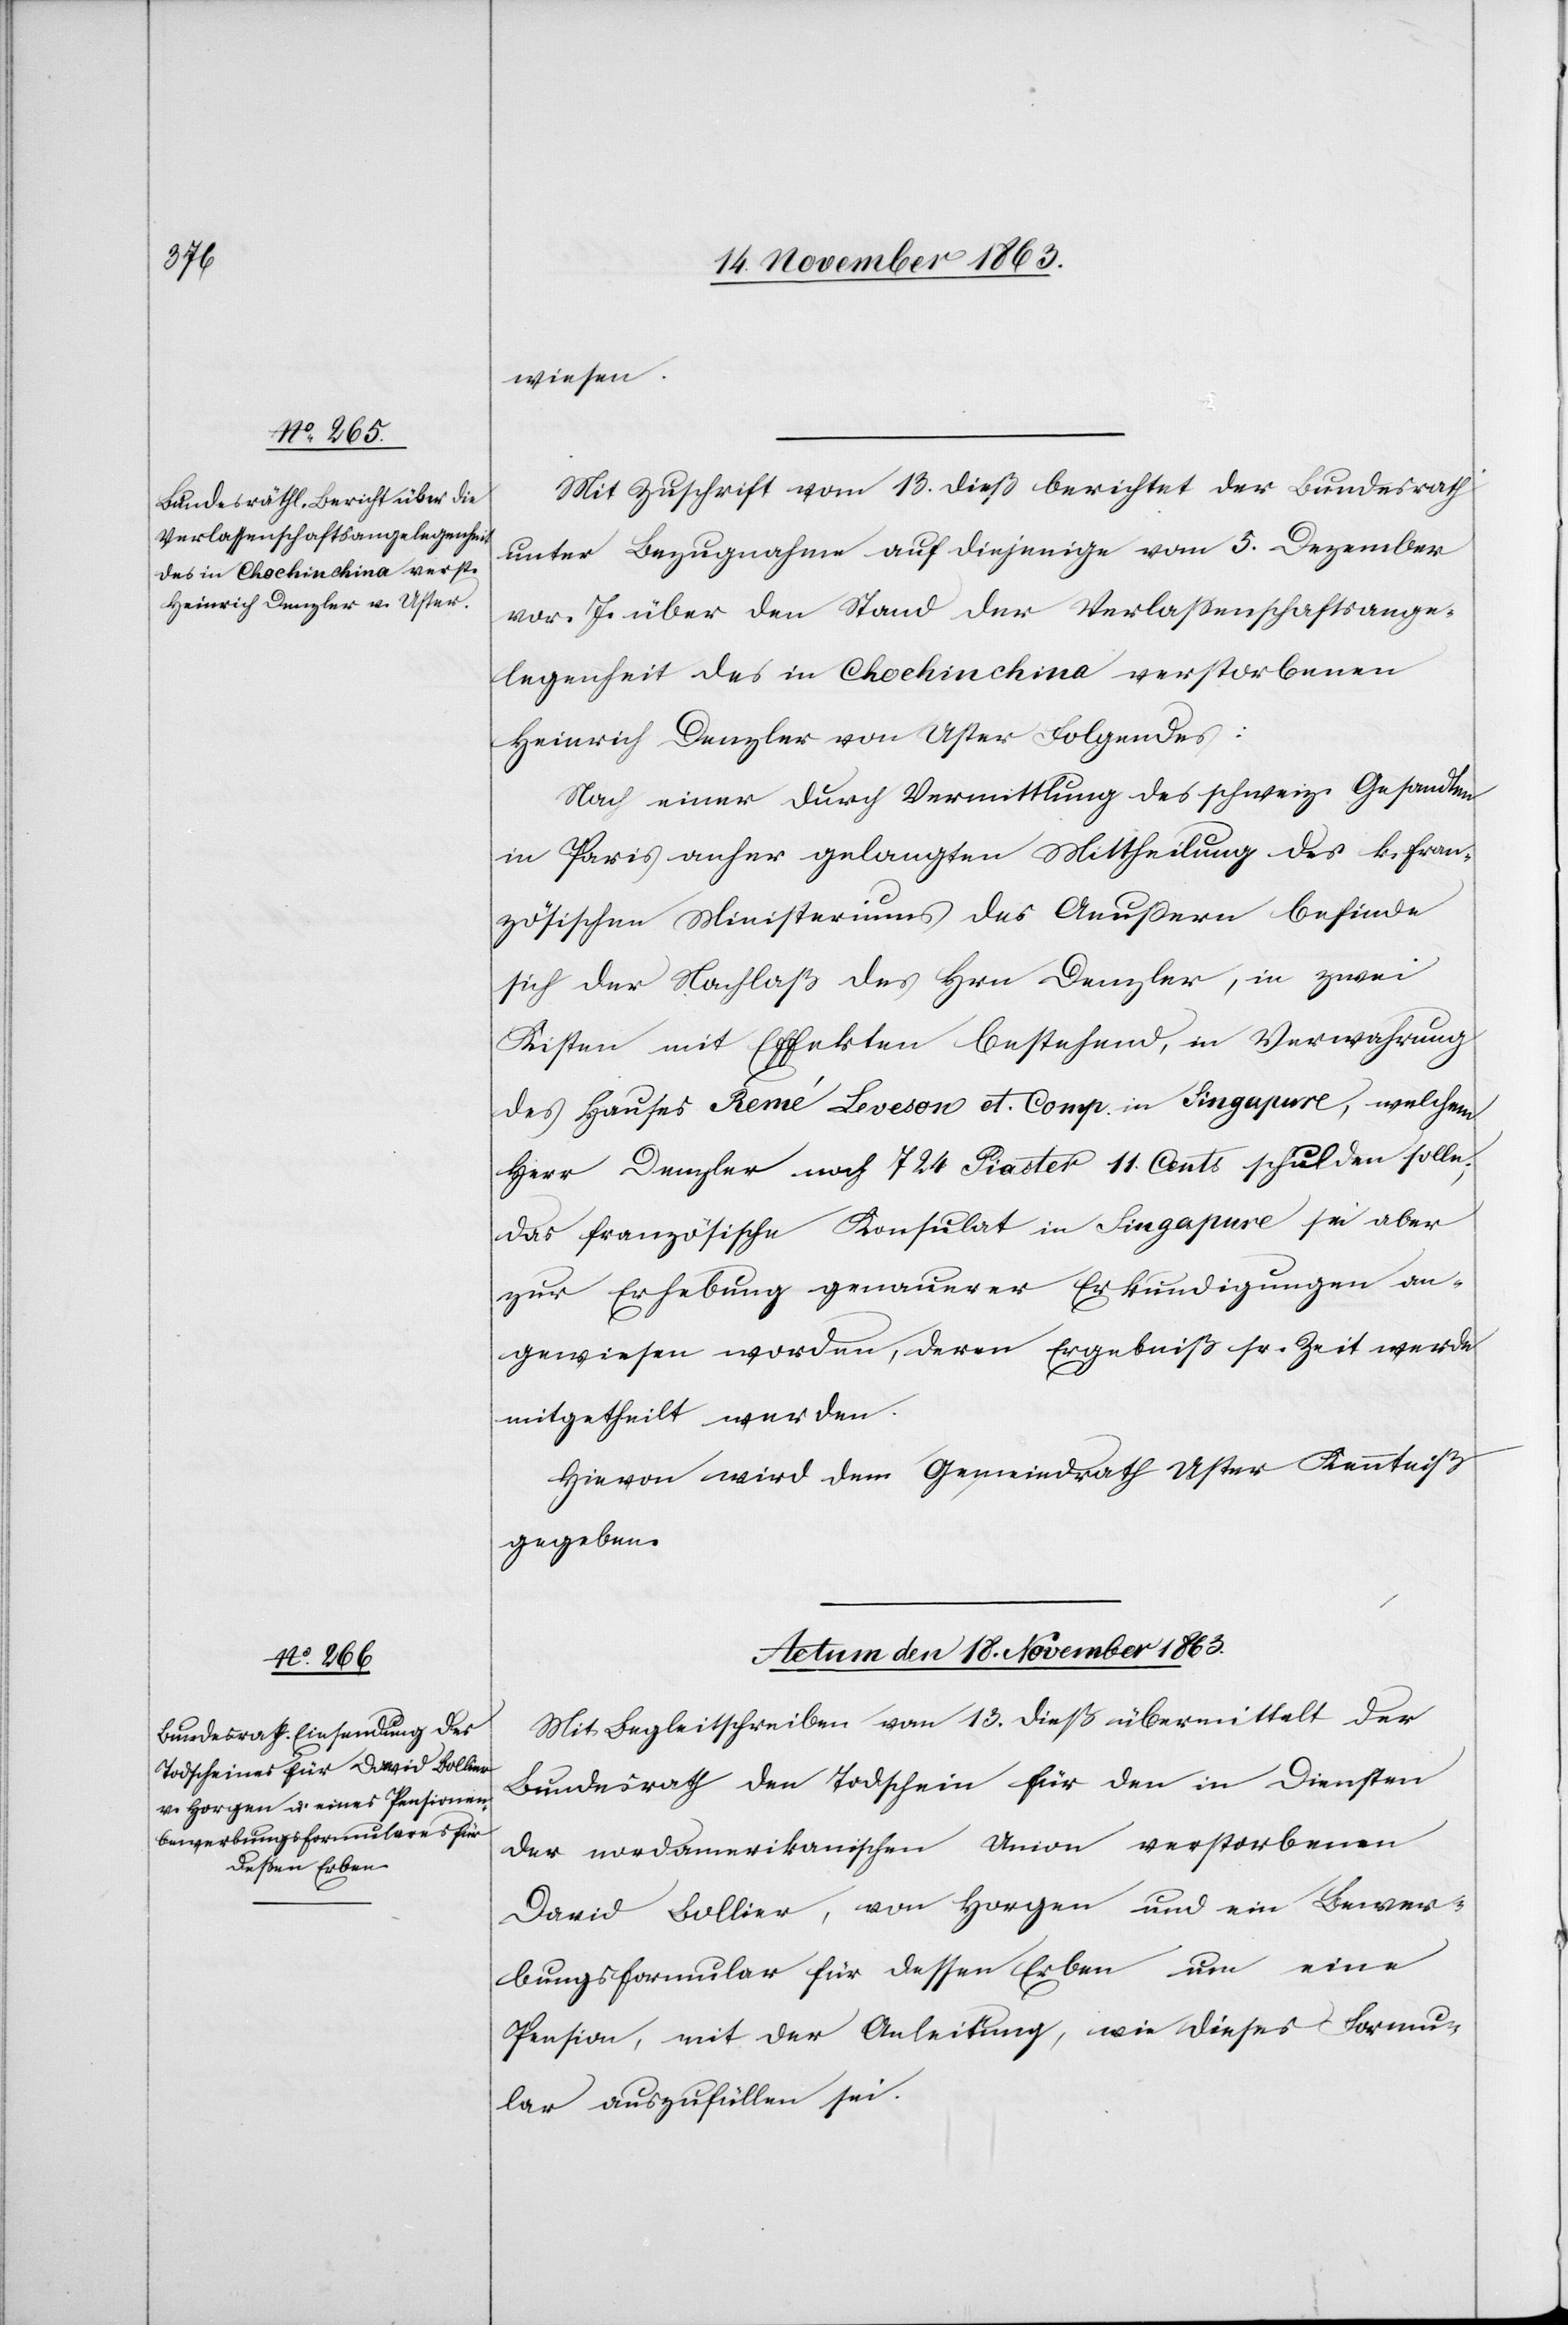
wiesen.
Mit Zuschrift vom 13. dieß berichtet der Bundesrath
unter Bezugnahme auf diejenige vom 5. Dezember
vor. J. über den Stand der Verlassenschaftsange¬
legenheit des in Chochinchina verstorbenen
Heinrich Denzler von Uster Folgendes.
Nach einer durch Vermittlung des schweiz. Gesandten
in Paris anher gelangten Mittheilung des k. fran¬
zösischen Ministeriums des Aeußern befinde
sich der Nachlaß des Hrn Denzler, in zwei
Kisten mit Effekten bestehend, in Verwahrung
des Hauses Remé Leveson et. Comp. in Singapure, welchem
Herr Denzler noch 724 Piaster 11. Cents schulden solle;
das französische Konsulat in Singapure sei aber
zur Erhebung genauerer Erkundigungen an¬
gewiesen worden, deren Ergebniß sr. Zeit werde
mitgetheilt werden.
Hievon wird dem Gemeindrath Uster Kenntniß
gegeben.
Actum den 18. November 1863.
Mit Begleitschreiben vom 13. dieß übermittelt der
Bundesrath den Todschein für den in Diensten
der nordamerikanischen Union verstorbenen
David Bollier, von Horgen und ein Bewer¬
bungsformular für dessen Erben um eine
Pension, mit der Anleitung, wie dieses Formu¬
lar auszufüllen sei.